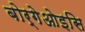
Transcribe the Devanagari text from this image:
बोर्गेओइसि